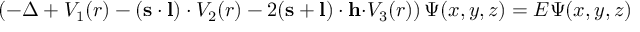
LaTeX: \left( - \Delta + V _ { 1 } ( r ) - \left( { \bf s \cdot l } \right) \cdot V _ { 2 } ( r ) - 2 ( { \bf s + l } ) \cdot { \bf h \cdot } V _ { 3 } ( r ) \right) \Psi ( x , y , z ) = E \Psi ( x , y , z )